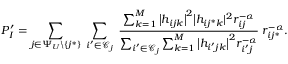
P _ { I } ^ { \prime } = \sum _ { j \in \Psi _ { U } \backslash \{ j ^ { * } \} } \; \sum _ { i ^ { \prime } \in \mathcal { C } _ { j } } \; \frac { \sum _ { k = 1 } ^ { M } \big | h _ { i j k } \big | ^ { 2 } \big | h _ { i j ^ { * } k } | ^ { 2 } r _ { i j } ^ { - \alpha } } { \sum _ { i ^ { \prime } \in \mathcal { C } _ { j } } \sum _ { k = 1 } ^ { M } \big | h _ { i ^ { \prime } j k } \big | ^ { 2 } r _ { i ^ { \prime } j } ^ { - \alpha } } \; r _ { i j ^ { * } } ^ { - \alpha } .